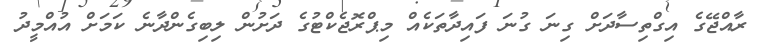
ރާއްޖޭގެ އިގްތިސާދަށް ގިނަ ގުނަ ފައިދާތަކެއް މިޕްރޮޖެކްޓުގެ ދަށުން ލިބިގެންދާނެ ކަމަށް އުއްމީދު